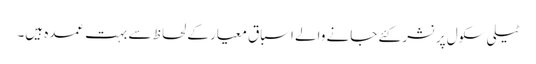
ٹیلی سکول پر نشر کئے جانے والے اسباق معیار کے لحاظ سے بہت عمدہ ہیں۔